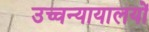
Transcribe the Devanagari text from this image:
उच्चन्यायालयों